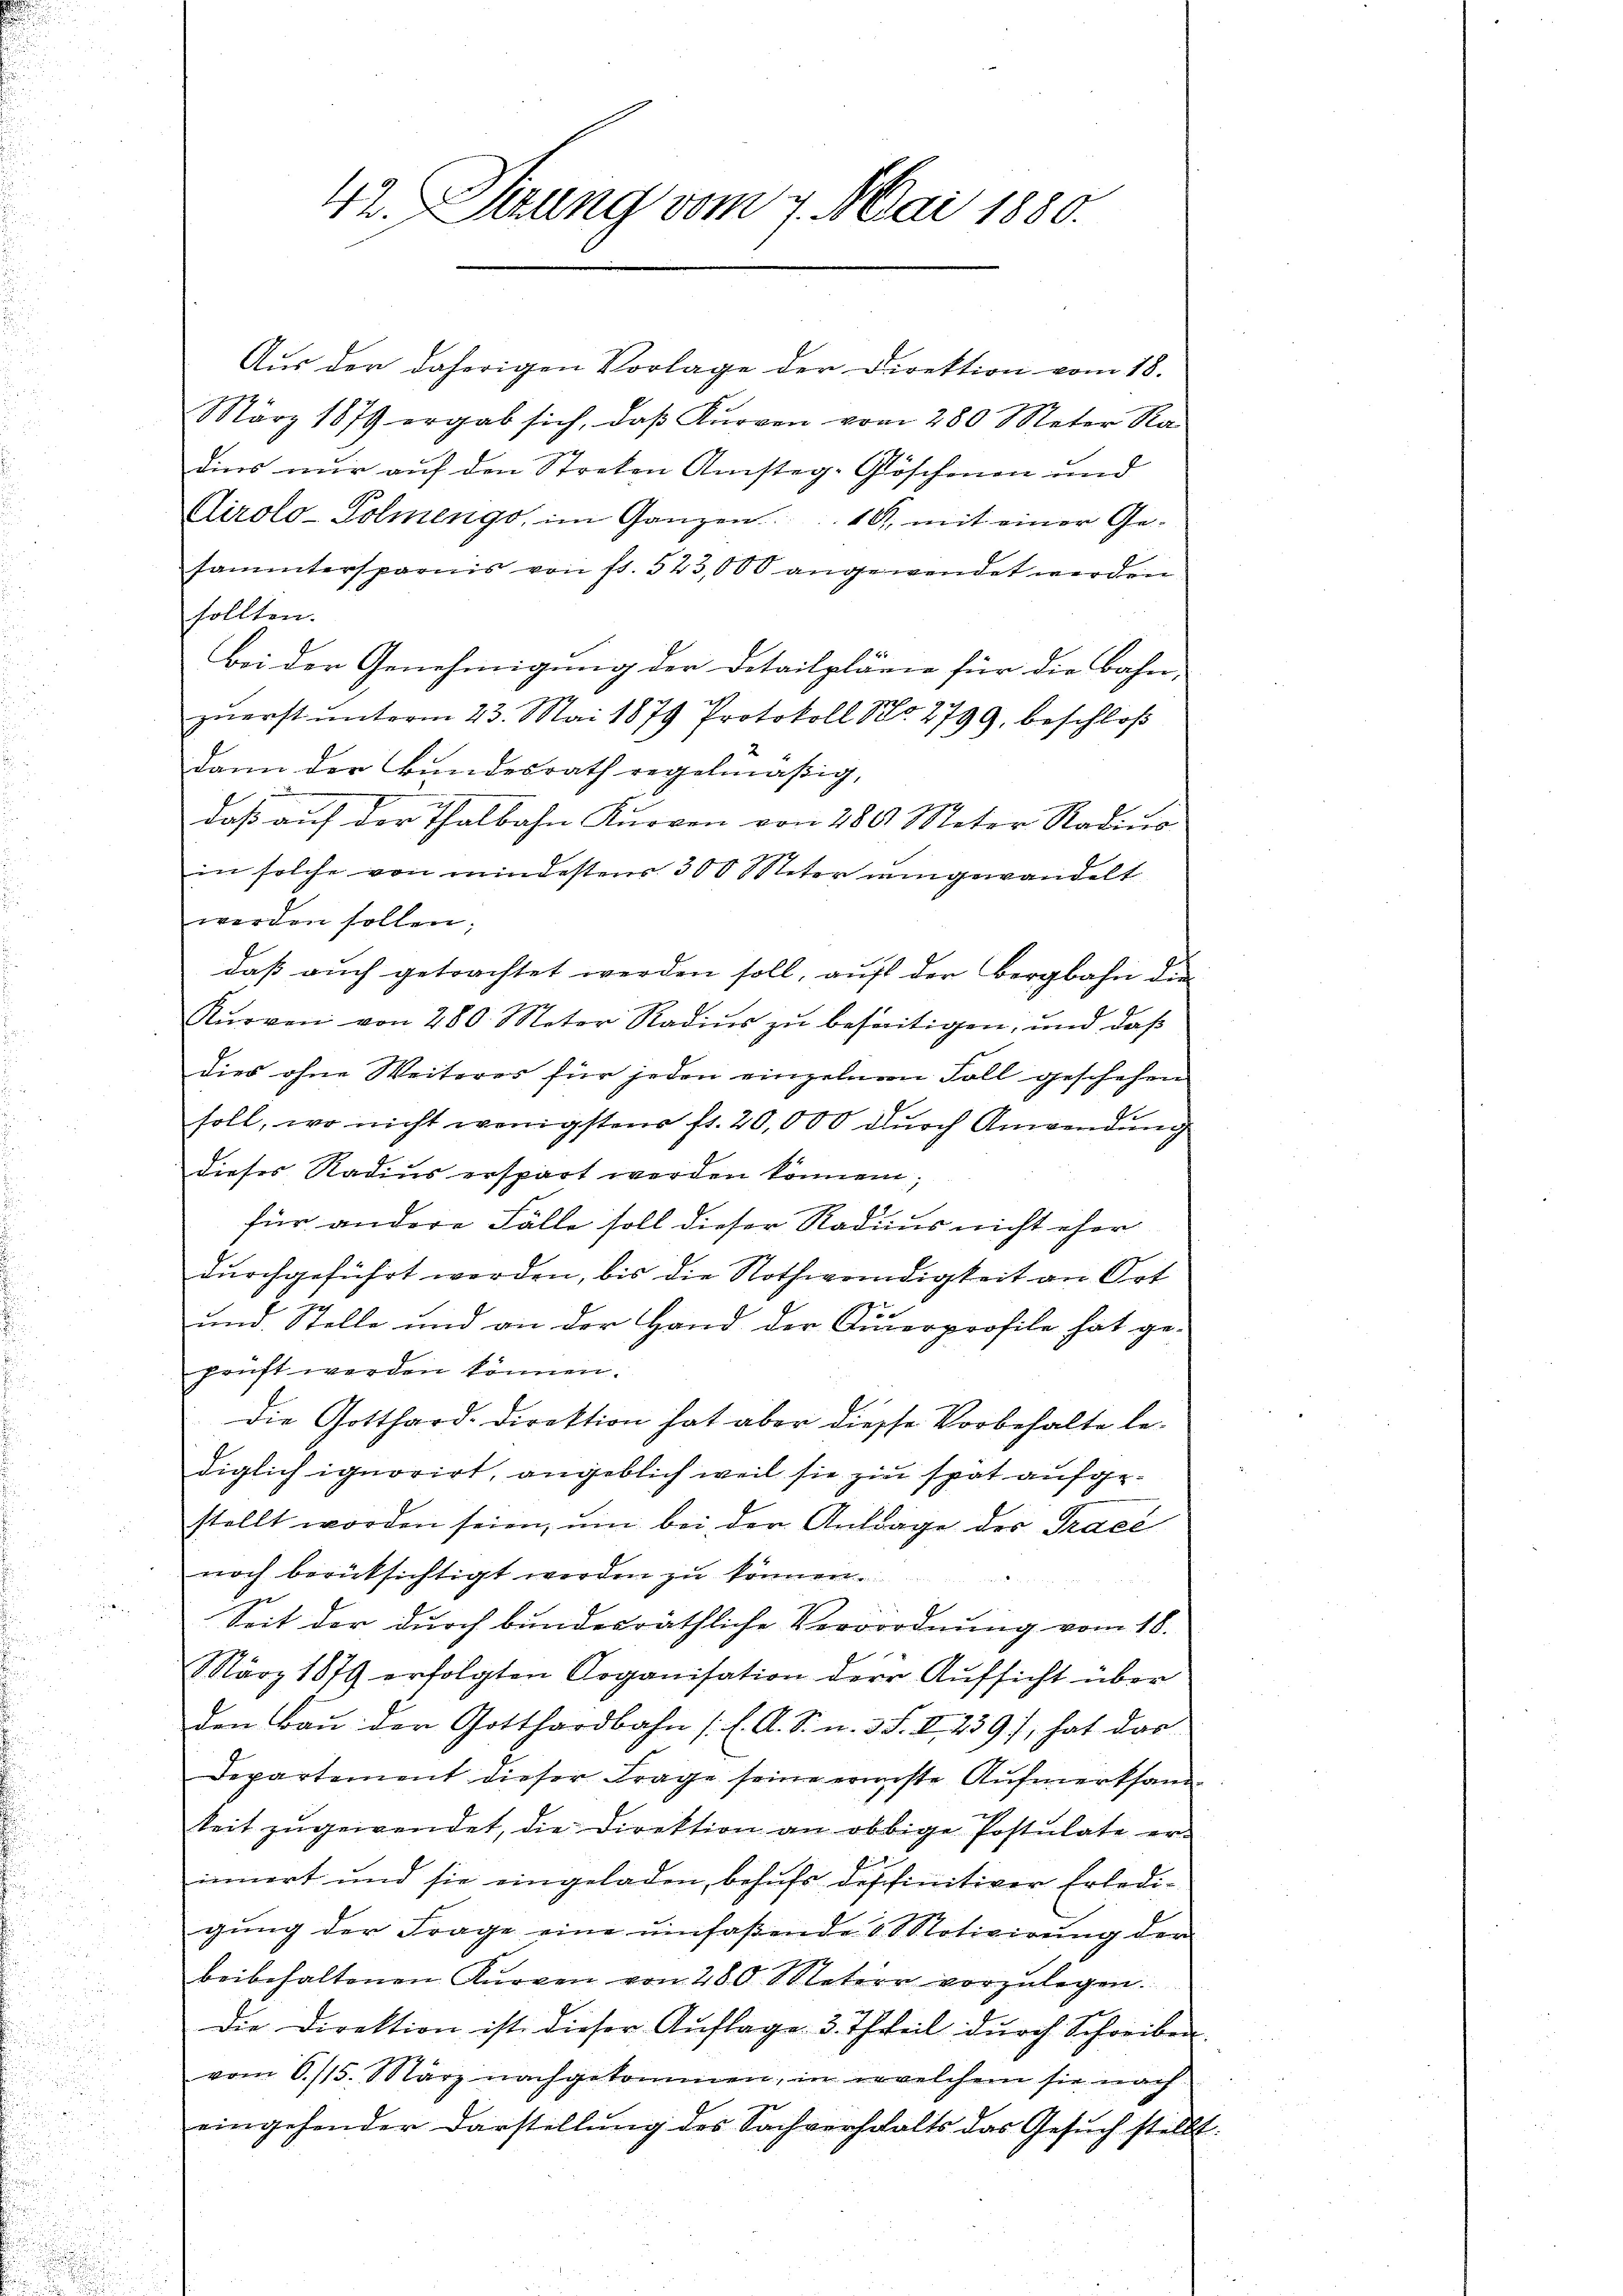
42. Sitzung vom 7. Mai 1880.

Aŭs der daherigen Vorlage der Direktion vom 18.
März 1879 ergab sich, daβ Kŭrven vom 280 Meter Ra
dies nur auf den Streben Ansteg-Glöschenen und
Cirolo-Solmengo, im Ganzen 16, mit einer Ge-
sammtersparnis von fr. 523,000 angewendet werden
sollten.
bei der Genehmigung der Detailpläne für die Bahn-
zuerst unterm 23. Mai 1879 Protokoll No 2799, beschloß
dann der Bundesrath regelmäßig,
daβ aŭf der Thalbahn Kŭrren von 280 Meter Radico
in solche von mindestens 300 Meter umgewandelt
werden sollen;
daß auch getrachtet werden soll, auf der Bergbahn die
Kŭoven von 280 Meter Radiŭs zŭ beseitigen, und daβ
dies ohne Weiteres für jeden einzelnen Soll geschehen
soll, wo nicht wenigstens fr. 20,000 durch Anwendung
dieses Radius erspart werden können;
für andere Fälle soll dieser Radius nicht eher
dŭrchgeführt werden, bis die Nothwendigkeit an Ort
und Stelle und an der Hand der Steuerprofile hat ge-
prüft werden können.
Die Gotthard-Direktion hat aber diesse Vorbehalte lediglich ignorirt, angeblich weil sie zu spät aufgestellt worden seien, um bei der Antrage der Tracé
noch berücksichtigt werden zu können.
Seit der durch bundesräthliche Verrordnung vom 18.
März 1879 erfolgten Organisation der Aŭfsicht über
den Baŭ der Gotthardbahn (l. A. S. n. 3 S. II 239), hat das
Departement dieser Frage seine reiste Aufmerksamkeit zŭgewendet, die Direktion an obbige Postulate er-
innert und sie eingeladen, behufs deffinitiver Erledigŭng der Frage eine umfaßende 5 Motivirung der
beibehaltenen Kurven von 280 Meter vorzŭlegen.
Die Direktion ist dieser Aŭflage 3. Theil dŭrch Schreiben
vom 6./15. März nachgekommen, in welchem sie nach
eingehender Darstellŭng des Sachverschalts das Gesŭch stellt

2